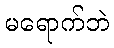
မရောက်ဘဲ